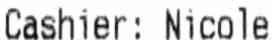
CASHIER: THANDAR